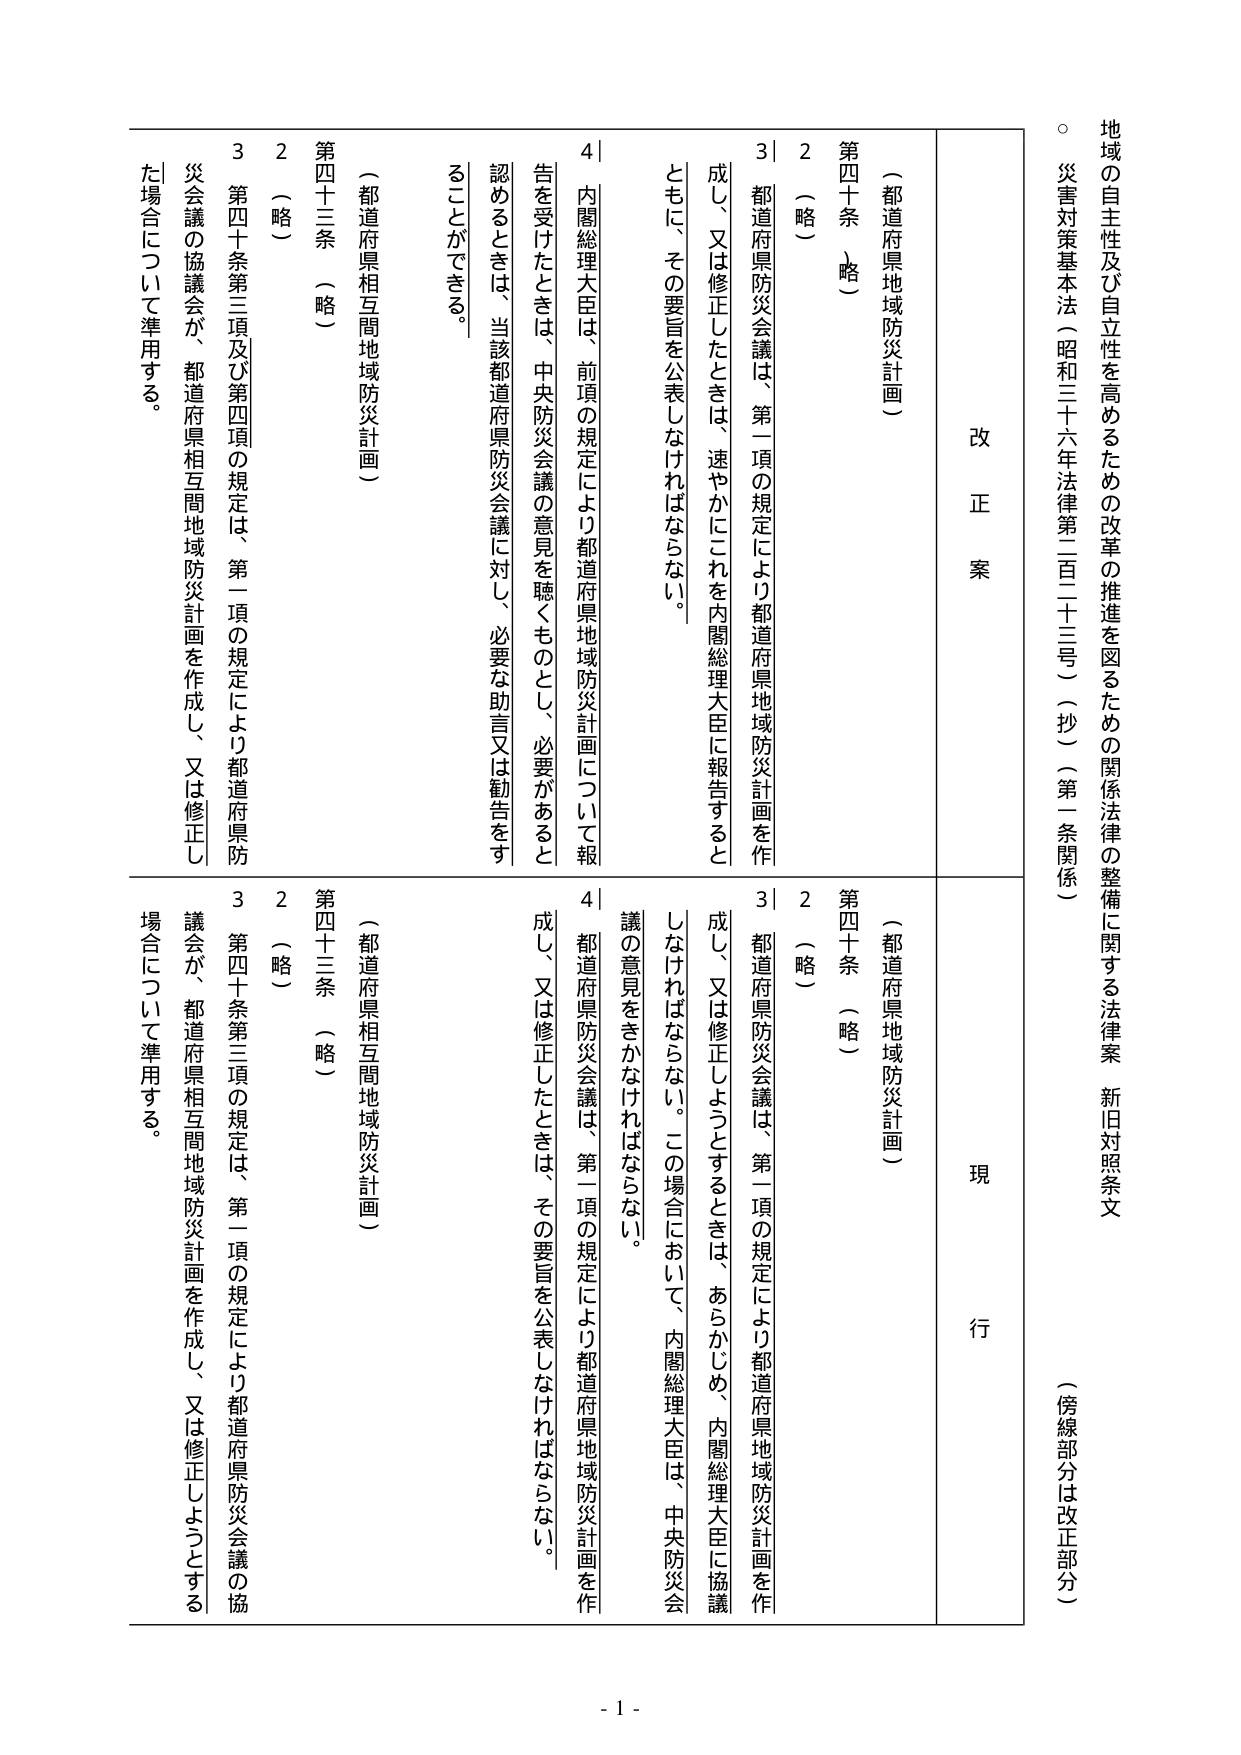
地域の自主性及び自立性を高めるための改革の推進を図るための関係法律の整備に関する法律案 新旧対照条文
（傍線部分は改正部分）
○ 災害対策基本法（昭和三十六年法律第二百二十三号）（抄）（第一条関係）

改 正 案
現 行

（都道府県地域防災計画）
第四十条 （略）
2 （略）
3 都道府県防災会議は、第一項の規定により都道府県地域防災計画を作成し、又は修正したときは、速やかにこれを内閣総理大臣に報告するとともに、その要旨を公表しなければならない。
4 内閣総理大臣は、前項の規定により都道府県地域防災計画について報告を受けたときは、中央防災会議の意見を聴くものとし、必要があると認めるときは、当該都道府県防災会議に対し、必要な助言又は勧告をすることができる。

（都道府県相互間地域防災計画）
第四十三条 （略）
2 （略）
3 第四十条第三項及び第四項の規定は、第一項の規定により都道府県防災会議の協議会が、都道府県相互間地域防災計画を作成し、又は修正した場合について準用する。

（都道府県地域防災計画）
第四十条 （略）
2 （略）
3 都道府県防災会議は、第一項の規定により都道府県地域防災計画を作成し、又は修正しようとするときは、あらかじめ、内閣総理大臣に協議しなければならない。この場合において、内閣総理大臣は、中央防災会議の意見をきかなければならない。
4 都道府県防災会議は、第一項の規定により都道府県地域防災計画を作成し、又は修正したときは、その要旨を公表しなければならない。

（都道府県相互間地域防災計画）
第四十三条 （略）
2 （略）
3 第四十条第三項の規定は、第一項の規定により都道府県防災会議の協議会が、都道府県相互間地域防災計画を作成し、又は修正しようとする場合について準用する。

- 1 -